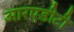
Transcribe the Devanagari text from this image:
आरएडीटी